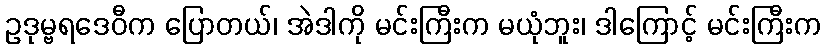
ဥဒုမ္ဗရဒေဝီက ပြောတယ်၊ အဲဒါကို မင်းကြီးက မယုံဘူး၊ ဒါကြောင့် မင်းကြီးက